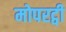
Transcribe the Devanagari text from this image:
मोपरट्वी